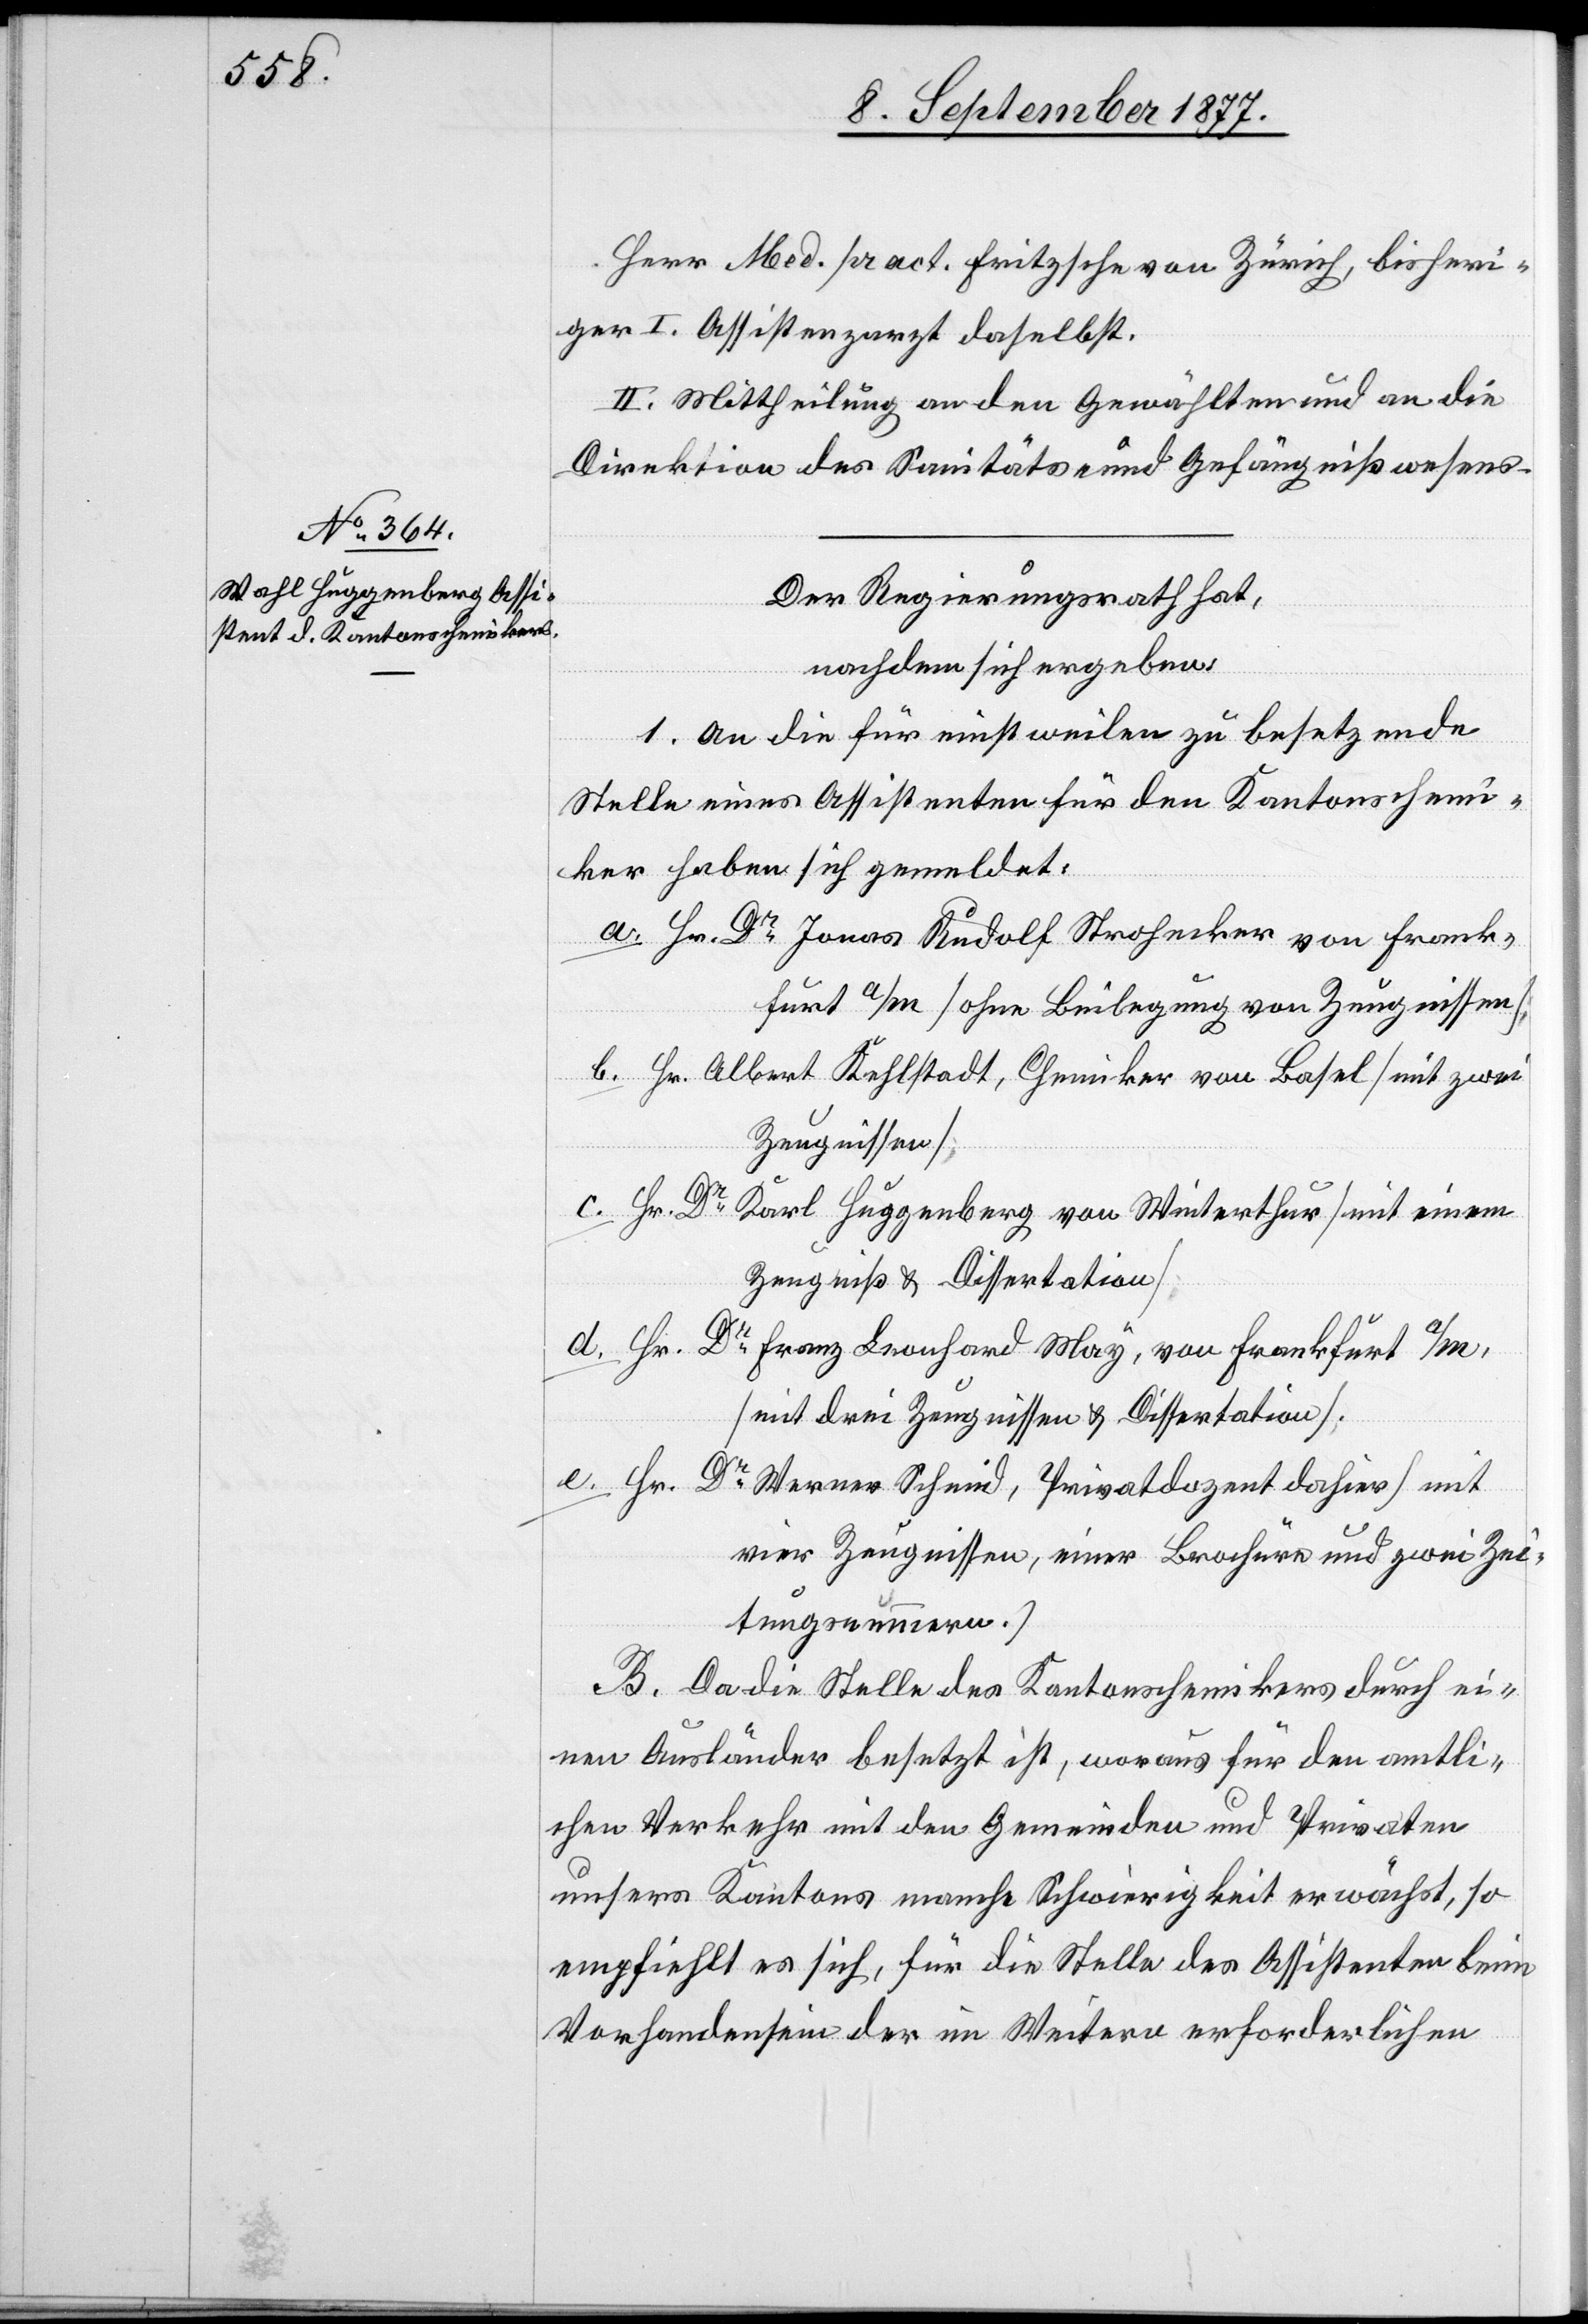
Herr Med. pract. Fritzsche von Zürich, bisheri¬
ger I. Assistenzarzt daselbst.
II. Mittheilung an den Gewählten und an die
Direktion des Sanitäts- und Gefängnißwesens.
Der Regierungsrath hat,
nachdem sich ergeben:
A.] An die für einstweilen zu besetzende
Stelle eines Assistenten für den Kantonschemi¬
ker haben sich gemeldet:
Hr. Dr Jonas Rudolf Strohecker von Frank¬
furt a/M [ohne Beilegung von Zeugnissen];
Hr. Albert Kehlstadt, Chemiker von Basel [mit zwei
Zeugnissen];
Hr. Dr
Karl Huggenberg von Winterthur mit einem
Zeugniß & Dissertation
Hr. Dr Franz Leonhard May, von Frankfurt a/M,
[mit drei Zeugnissen & Dissertation];
Hr. Dr Werner Schmid, Privatdozent dahier [mit
vier Zeugnissen, einer Brochüre und zwei Zei¬
tungsnummern.]
B. Da die Stelle des Kantonschemikers durch ei¬
nen Ausländer besetzt ist, woraus für den amtli¬
chen Verkehr mit den Gemeinden und Privaten
unsers Kantons manche Schwierigkeit erwächst, so
empfiehlt es sich, für die Stelle des Assistenten beim
Vorhandensein der im Weitern erforderlichen